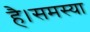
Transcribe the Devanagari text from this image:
है।समस्या